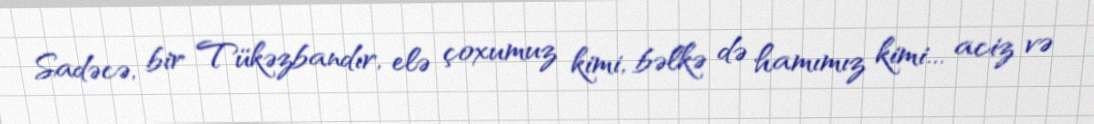
Sadəcə, bir Tükəzbandır, elə çoxumuz kimi, bəlkə də hamımız kimi... aciz və